Civil Veterinary Department. Central Provinces & Berar 1932-41 - 1932-1941
Year: 1932
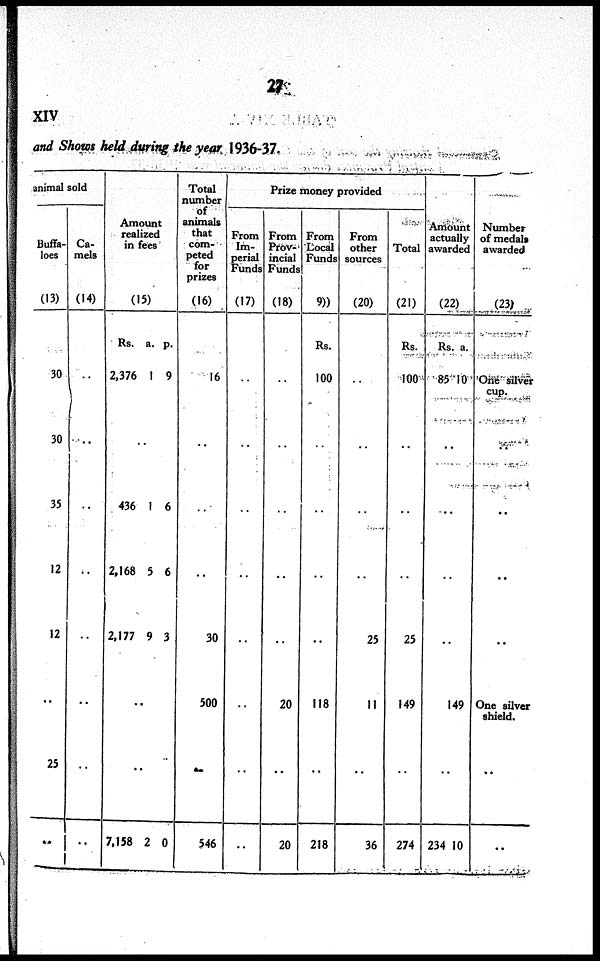
27
XIV
and Shows held during the year 1936-37.
animal sold
Buffa-
loes
(13)
30
30
35
12
12
..
25
..
Ca-
mels
(14)
..
..
..
..
..
..
..
Amount
realized
in fees.
(15)
Rs.
2,376
a.
1
p.
9
..
436
2,168
2,177
1
5
9
6
6
3
..
..
7,158 2 0
Total
number
of
animals
that
com-
peted
for
prizes (16)
16
..
..
..
30
500
..
546
Prize money provided
From
Im-
perial
Funds
(17)
..
..
..
..
..
..
..
From
Prov-
incial
Funds
(18)
..
..
..
..
..
20
..
20
From
Local
Funds
19)
Rs.
100
..
..
..
..
118
..
218
From
other
sources
(20)
..
..
..
..
25
11
..
36
Total
(21)
Rs.
100
..
..
..
25
149
..
274
Amount
actually
awarded
(22)
Rs.
85
a.
10
..
..
..
..
1 49
..
234 10
Number
of medals
awarded
(23)
One silver
cup.
..
..
..
..
One silver
shield.
..
..